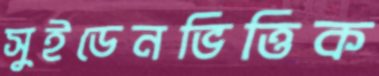
সুইডেনভিত্তিক